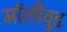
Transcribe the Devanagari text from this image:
मॉलीवुड